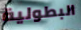
البطولية